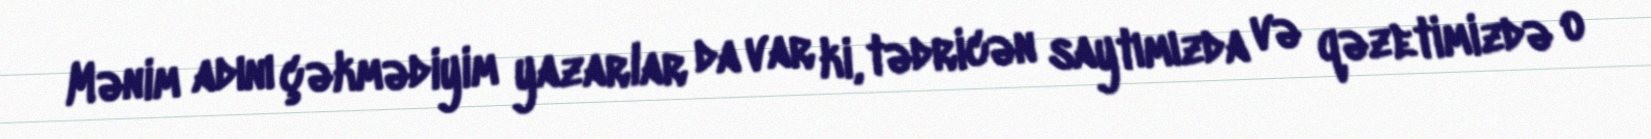
Mənim adını çəkmədiyim yazarlar da var ki, tədricən saytımızda və qəzetimizdə o